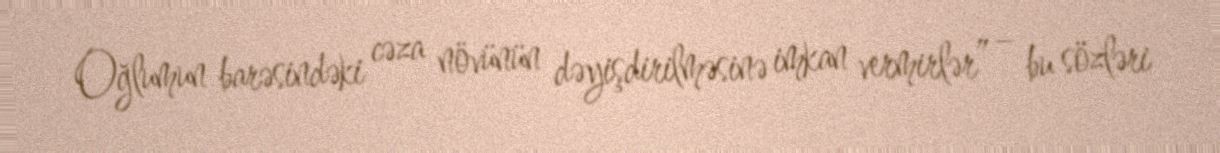
Oğlumun barəsindəki cəza növünün dəyişdirilməsinə imkan vermirlər” – bu sözləri